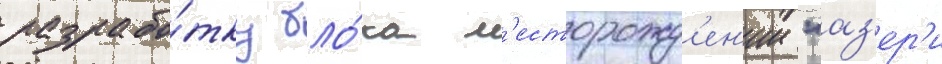
разрабо́тку бло́ка м'есторожд'ен'ии "аз'ер'и